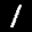
Label: 1